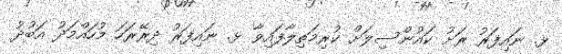
ޅ. ނައިފަރު ރަށު ކައުންސިލަށް ކުރިމަތިލާފައިވާ ޅ. ނައިފަރު ދިރޭރަހަ މުހައްމަދު އަބުދު